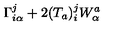
\Gamma _ { i \alpha } ^ { j } + 2 ( T _ { a } ) _ { i } ^ { j } W _ { \alpha } ^ { a }